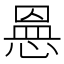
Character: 𭝾